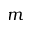
m